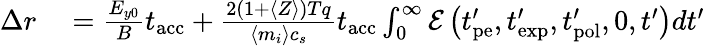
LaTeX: \begin{array}{rl}{\Delta r}&{{}=\frac{E_{y0}}{B}t_{\mathrm{acc}}+\frac{2(1+\langle Z\rangle)Tq}{\langle m_{i}\rangle c_{s}}t_{\mathrm{acc}}\int_{0}^{\infty}\mathcal{E}\left(t_{\mathrm{pe}}^{\prime},t_{\mathrm{exp}}^{\prime},t_{\mathrm{pol}}^{\prime},0,t^{\prime}\right)dt^{\prime}}\end{array}